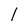
Character: 1